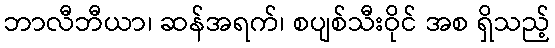
ဘာလီဘီယာ၊ ဆန်အရက်၊ စပျစ်သီးဝိုင် အစ ရှိသည့်